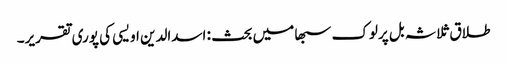
طلاق ثلاثہ بل پرلوک سبھا میں بحث : اسدالدین اویسی کی پوری تقریر۔